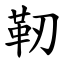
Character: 靭